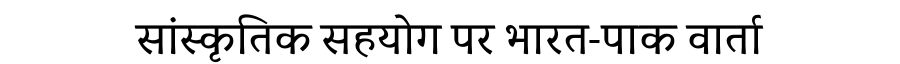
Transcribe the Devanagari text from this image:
सांस्कृतिक सहयोग पर भारत-पाक वार्ता